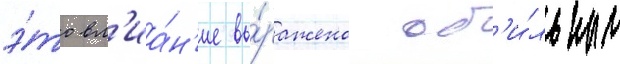
э́то вл'иа́н'ие вы́ражено об'и́льным